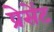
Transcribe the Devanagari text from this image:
प्रेसेंट